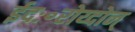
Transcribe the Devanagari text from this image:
ईदः॰रोय्दोन्